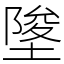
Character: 𡍵